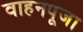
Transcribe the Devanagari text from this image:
वाहनपूजा